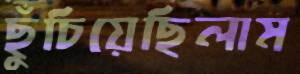
ছুঁচিয়েছিলাম